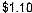
$1.10